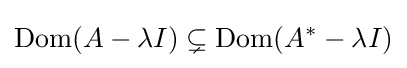
\operatorname {Dom} (A-\lambda I)\subsetneq \operatorname {Dom} (A^{*}-\lambda I)